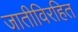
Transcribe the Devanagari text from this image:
जातीविरहित